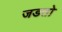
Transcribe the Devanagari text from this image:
जडतो